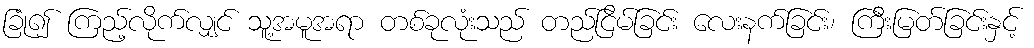
ခြုံ၍ ကြည့်လိုက်လျှင် သူ့အမူအရာ တစ်ခုလုံးသည် တည်ငြိမ်ခြင်း လေးနက်ခြင်း၊ ကြီးမြတ်ခြင်းနှင့်